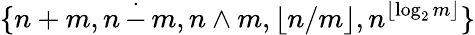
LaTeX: \{ n+m,n\, {\stackrel{.}{-}}\, m,n\wedge m,\lfloor n/m\rfloor,n^{\lfloor\log_{2}m\rfloor}\}